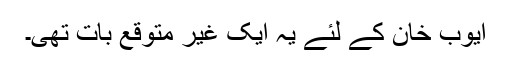
ایوب خان کے لئے یہ ایک غیر متوقع بات تھی۔